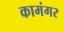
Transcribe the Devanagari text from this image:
कामंगर